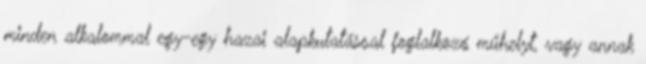
minden alkalommal egy-egy hazai alapkutatással foglalkozó műhelyt, vagy annak